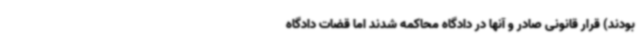
بودند) قرار قانونی صادر و آنها در دادگاه محاکمه شدند اما قضات دادگاه